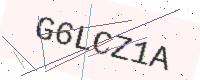
Text: G6LCZ1A